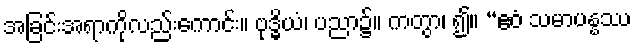
အခြင်းအရာကိုလည်းကောင်း။ ဗုဒ္ဓိယံ၊ ပညာ၌။ ကတွာ၊ ၍။ “ဧဝံ သမာပန္နဿ